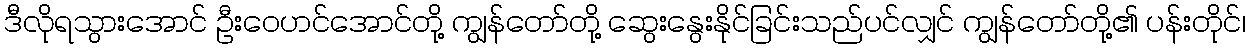
ဒီလိုရသွားအောင် ဦးဝေဟင်အောင်တို့ ကျွန်တော်တို့ ဆွေးနွေးနိုင်ခြင်းသည်ပင်လျှင် ကျွန်တော်တို့၏ ပန်းတိုင်၊